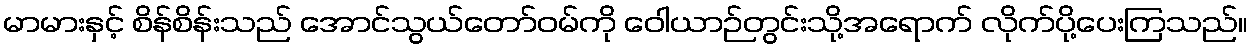
မာမားနှင့် စိန်စိန်းသည် အောင်သွယ်တော်ဝမ်ကို ဝေါယာဉ်တွင်းသို့အရောက် လိုက်ပို့ပေးကြသည်။